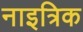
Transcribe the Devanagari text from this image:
नाइत्रिक